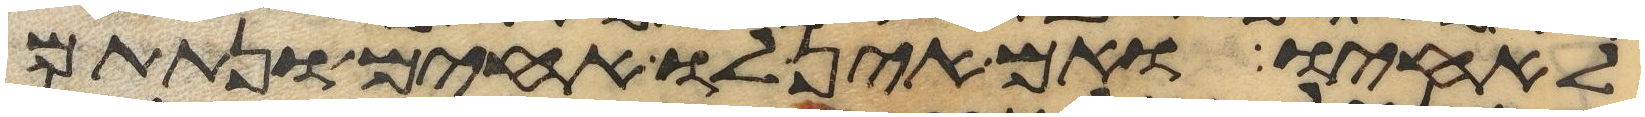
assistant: לאחיו ואם אין לו אחים ונתתם